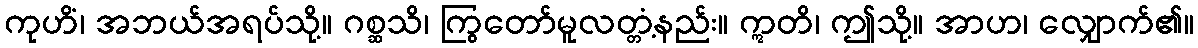
ကုဟိံ၊ အဘယ်အရပ်သို့။ ဂစ္ဆသိ၊ ကြွတော်မူလတ္တံ့နည်း။ ဣတိ၊ ဤသို့။ အာဟ၊ လျှောက်၏။